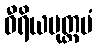
ဝီရိယမုတ္တမံ